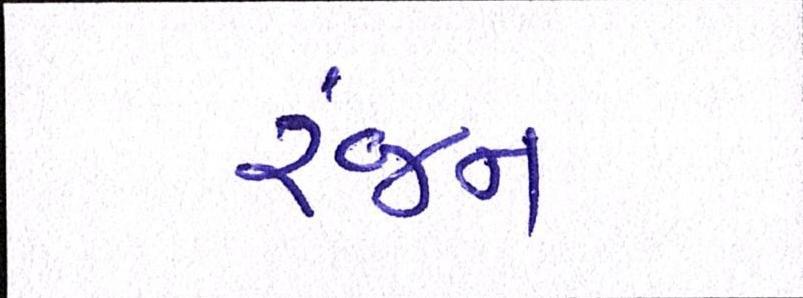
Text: રંજન